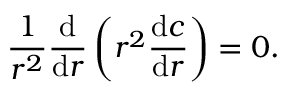
\frac { 1 } { r ^ { 2 } } \frac { \mathrm { d } } { \mathrm { d } r } \left( r ^ { 2 } \frac { \mathrm { d } c } { \mathrm { d } r } \right) = 0 .